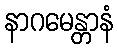
နာဂမေန္တာနံ